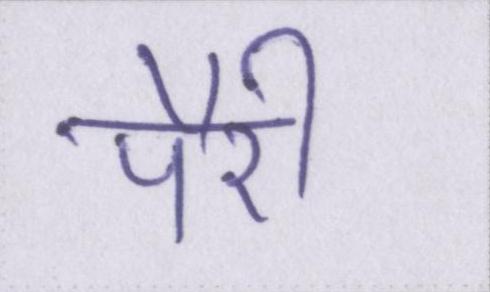
पैरी